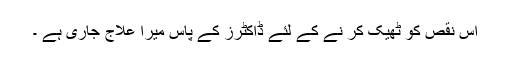
اس نقص کو ٹھیک کر نے کے لئے ڈاکٹرز کے پاس میرا علاج جاری ہے ۔